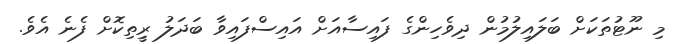
މި ނޫޓުތަކަށް ބަލައިލުމުން ދިވެހިންގެ ފައިސާއަށް އައިސްފައިވާ ބަދަލު ރީިތިކޮށް ފެނެ އެވެ.